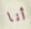
أنا